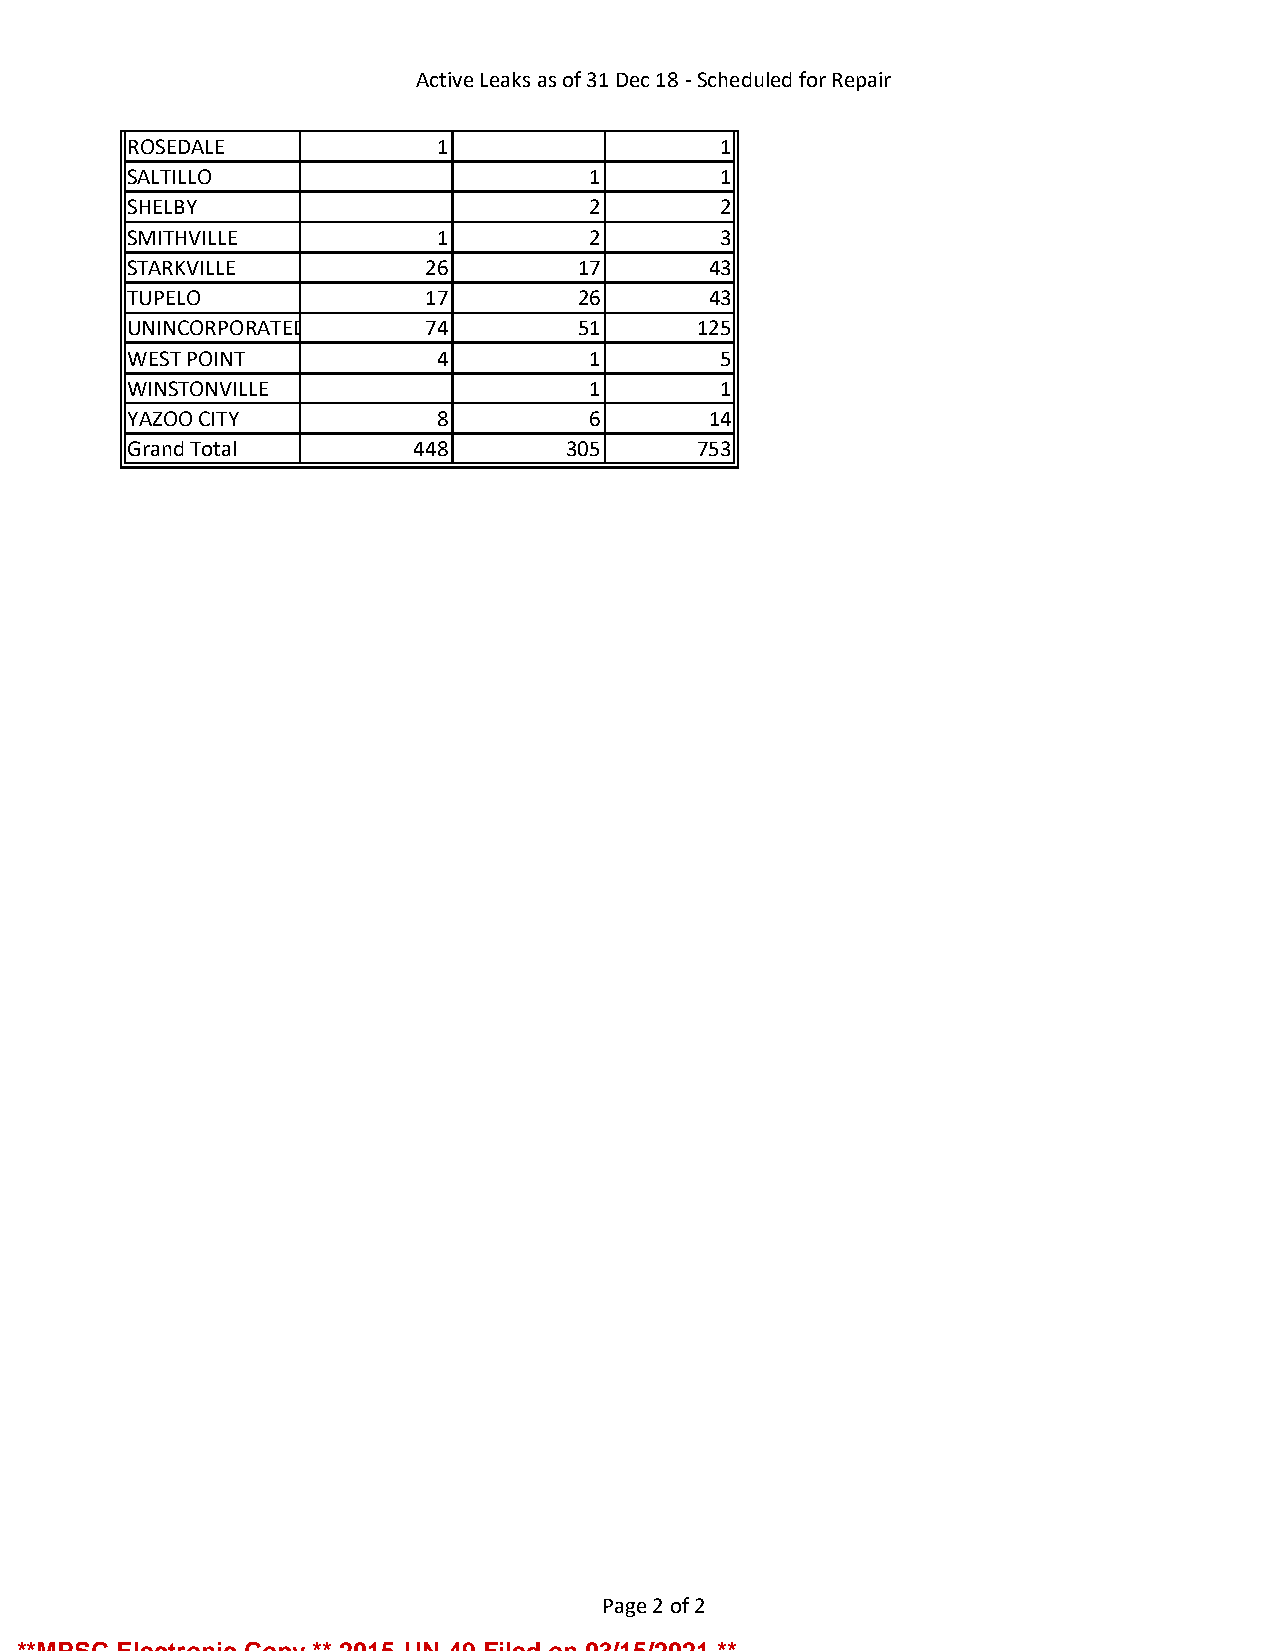
Active Leaks as of 31 Dec 18 - Scheduled for Repair
 ROSEDALE            1                  1
 SALTILLO                      1        1
 SHELBY                        2        2
 SMITHVILLE          1         2        3
 STARKVILLE         26        17       43
 TUPELO             17        26       43
 UNINCORPORATED     74        51      125
 WEST POINT          4         1        5
 WINSTONVILLE                  1        1
 YAZOO CITY          8         6       14
 Grand Total        448       305     753
 Page 2 of 2
 **MPSC Electronic Copy ** 2015-UN-49 Filed on 03/15/2021 **